Vaccine operations Central Provinces 1886-1899 - 1886-1899
Year: 1886
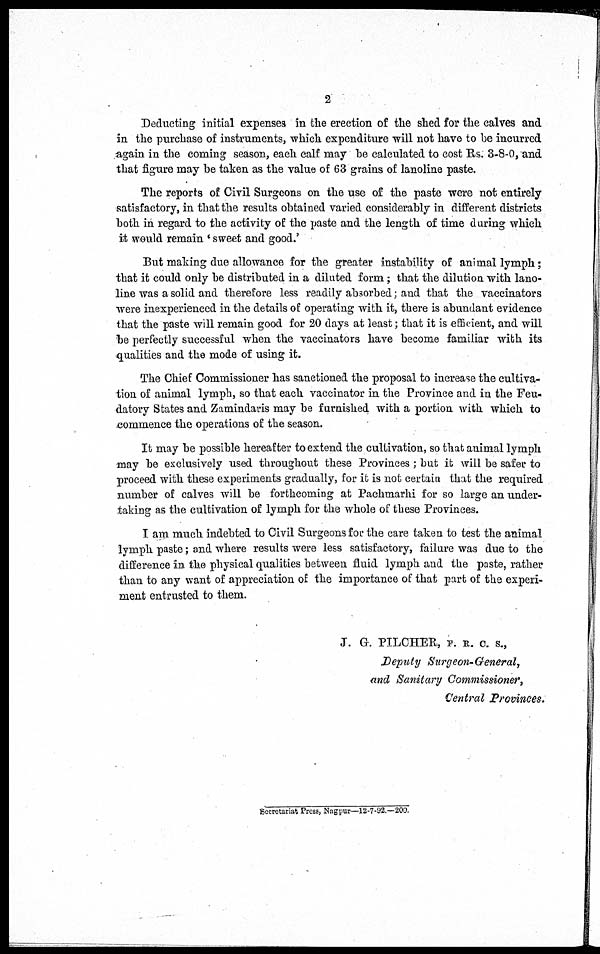
2
Deducting initial expenses in the erection of the shed for the calves and
in the purchase of instruments, which expenditure will not have to be incurred
again in the coming season, each calf may be calculated to cost Rs. 3-8-0, and
that figure may be taken as the value of 63 grains of lanoline paste.
The reports of Civil Surgeons on the use of the paste were not entirely
satisfactory, in that the results obtained varied considerably in different districts
both in regard to the activity of the paste and the length of time during which
it would remain ' sweet and good.'
But making due allowance for the greater instability of animal lymph;
that it could only be distributed in a diluted form; that the dilution with lano-
line was a solid and therefore less readily absorbed; and that the vaccinators
were inexperienced in the details of operating with it, there is abundant evidence
that the paste will remain good for 20 days at least; that it is efficient, and will
be perfectly successful when the vaccinators have become familiar with its
qualities and the mode of using it.
The Chief Commissioner has sanctioned the proposal to increase the cultiva-
tion of animal lymph, so that each vaccinator in. the Province and in the Feu-
datory States and Zamindaris may be furnished with a portion with which to
commence the operations of the season.
It may be possible hereafter to extend the cultivation, so that animal lymph
may be exclusively used throughout these Provinces; but it will be safer to
proceed with these experiments gradually, for it is not certain that the required
number of calves will be forthcoming at Pachmarhi for so large an under-
taking as the cultivation of lymph for the whole of these Provinces.
I am much indebted to Civil Surgeons for the care taken to test the animal
lymph paste; and where results were less satisfactory, failure was due to the
difference in the physical qualities between fluid lymph and the paste, rather
than to any want of appreciation of the importance of that part of the experi-
ment entrusted to them.
J. G. PILCHER, F. R. C. S.,
Deputy Surgeon-General,
and Sanitary Commissioner,
Central Provinces.
Secretariat Press, Nagpur—12-7-92.—200.